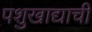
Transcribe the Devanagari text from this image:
पशुखाद्याची